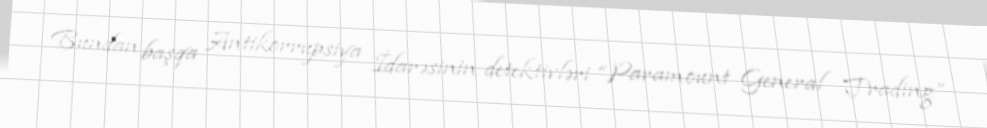
Bundan başqa Antikorrupsiya İdarəsinin detektivləri “Paramount General Trading”